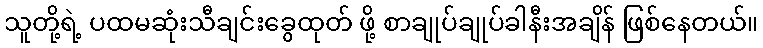
သူတို့ရဲ့ ပထမဆုံးသီချင်းခွေထုတ် ဖို့ စာချုပ်ချုပ်ခါနီးအချိန် ဖြစ်နေတယ်။